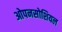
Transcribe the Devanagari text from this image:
ओपनसोशियल